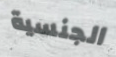
الجنسية